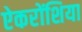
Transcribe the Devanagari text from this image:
ऐकरोंशिया